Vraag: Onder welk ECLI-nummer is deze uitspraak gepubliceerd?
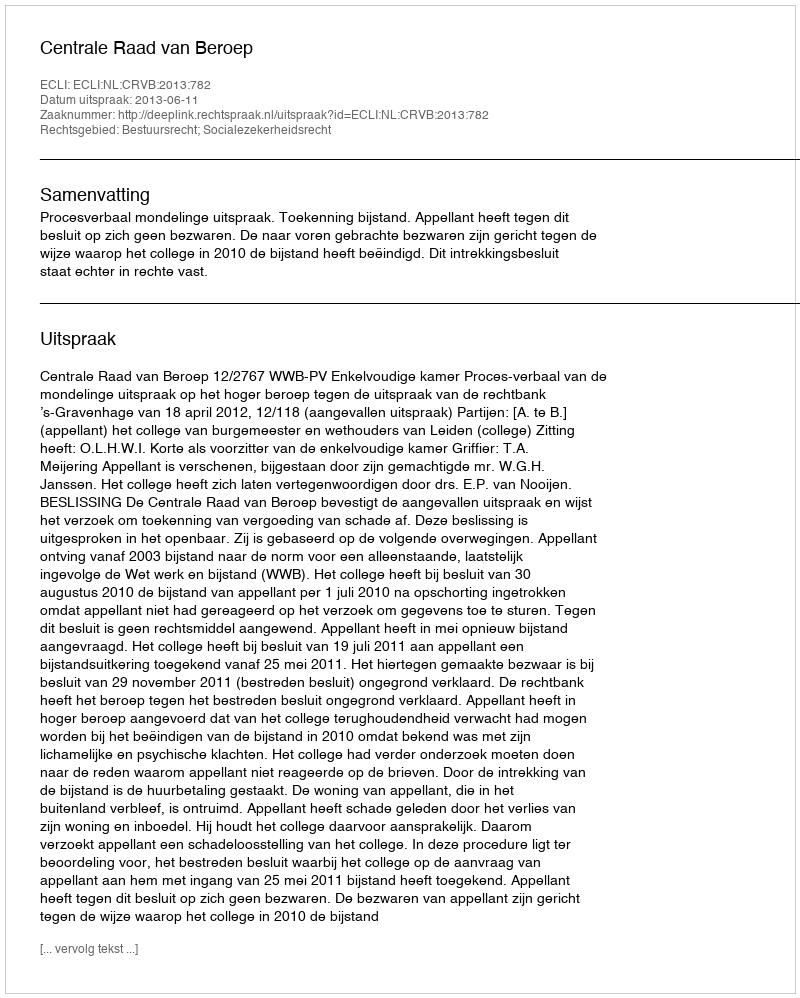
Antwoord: ECLI:NL:CRVB:2013:782